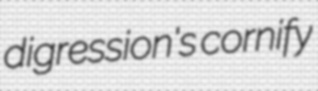
digression's cornify